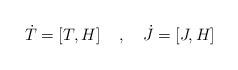
LaTeX: \begin{align*}{\dot T} = \left[ T, H \right] \quad , \quad{\dot J} = \left[ J, H \right]\end{align*}